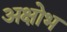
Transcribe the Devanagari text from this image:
अक्षोभ